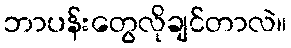
ဘာပန်းတွေလိုချင်တာလဲ။